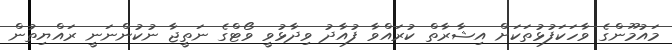
މައުމޫންގެ ވާހަކަފުޅުތަކަށް އިޝާރާތް ކުރައްވާ ފުއާދު ވިދާޅުވީ ވޯޓްގެ ނަތީޖާ ނުކުންނަނީ ރައްޔިތުން